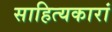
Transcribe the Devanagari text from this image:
साहित्यकारां